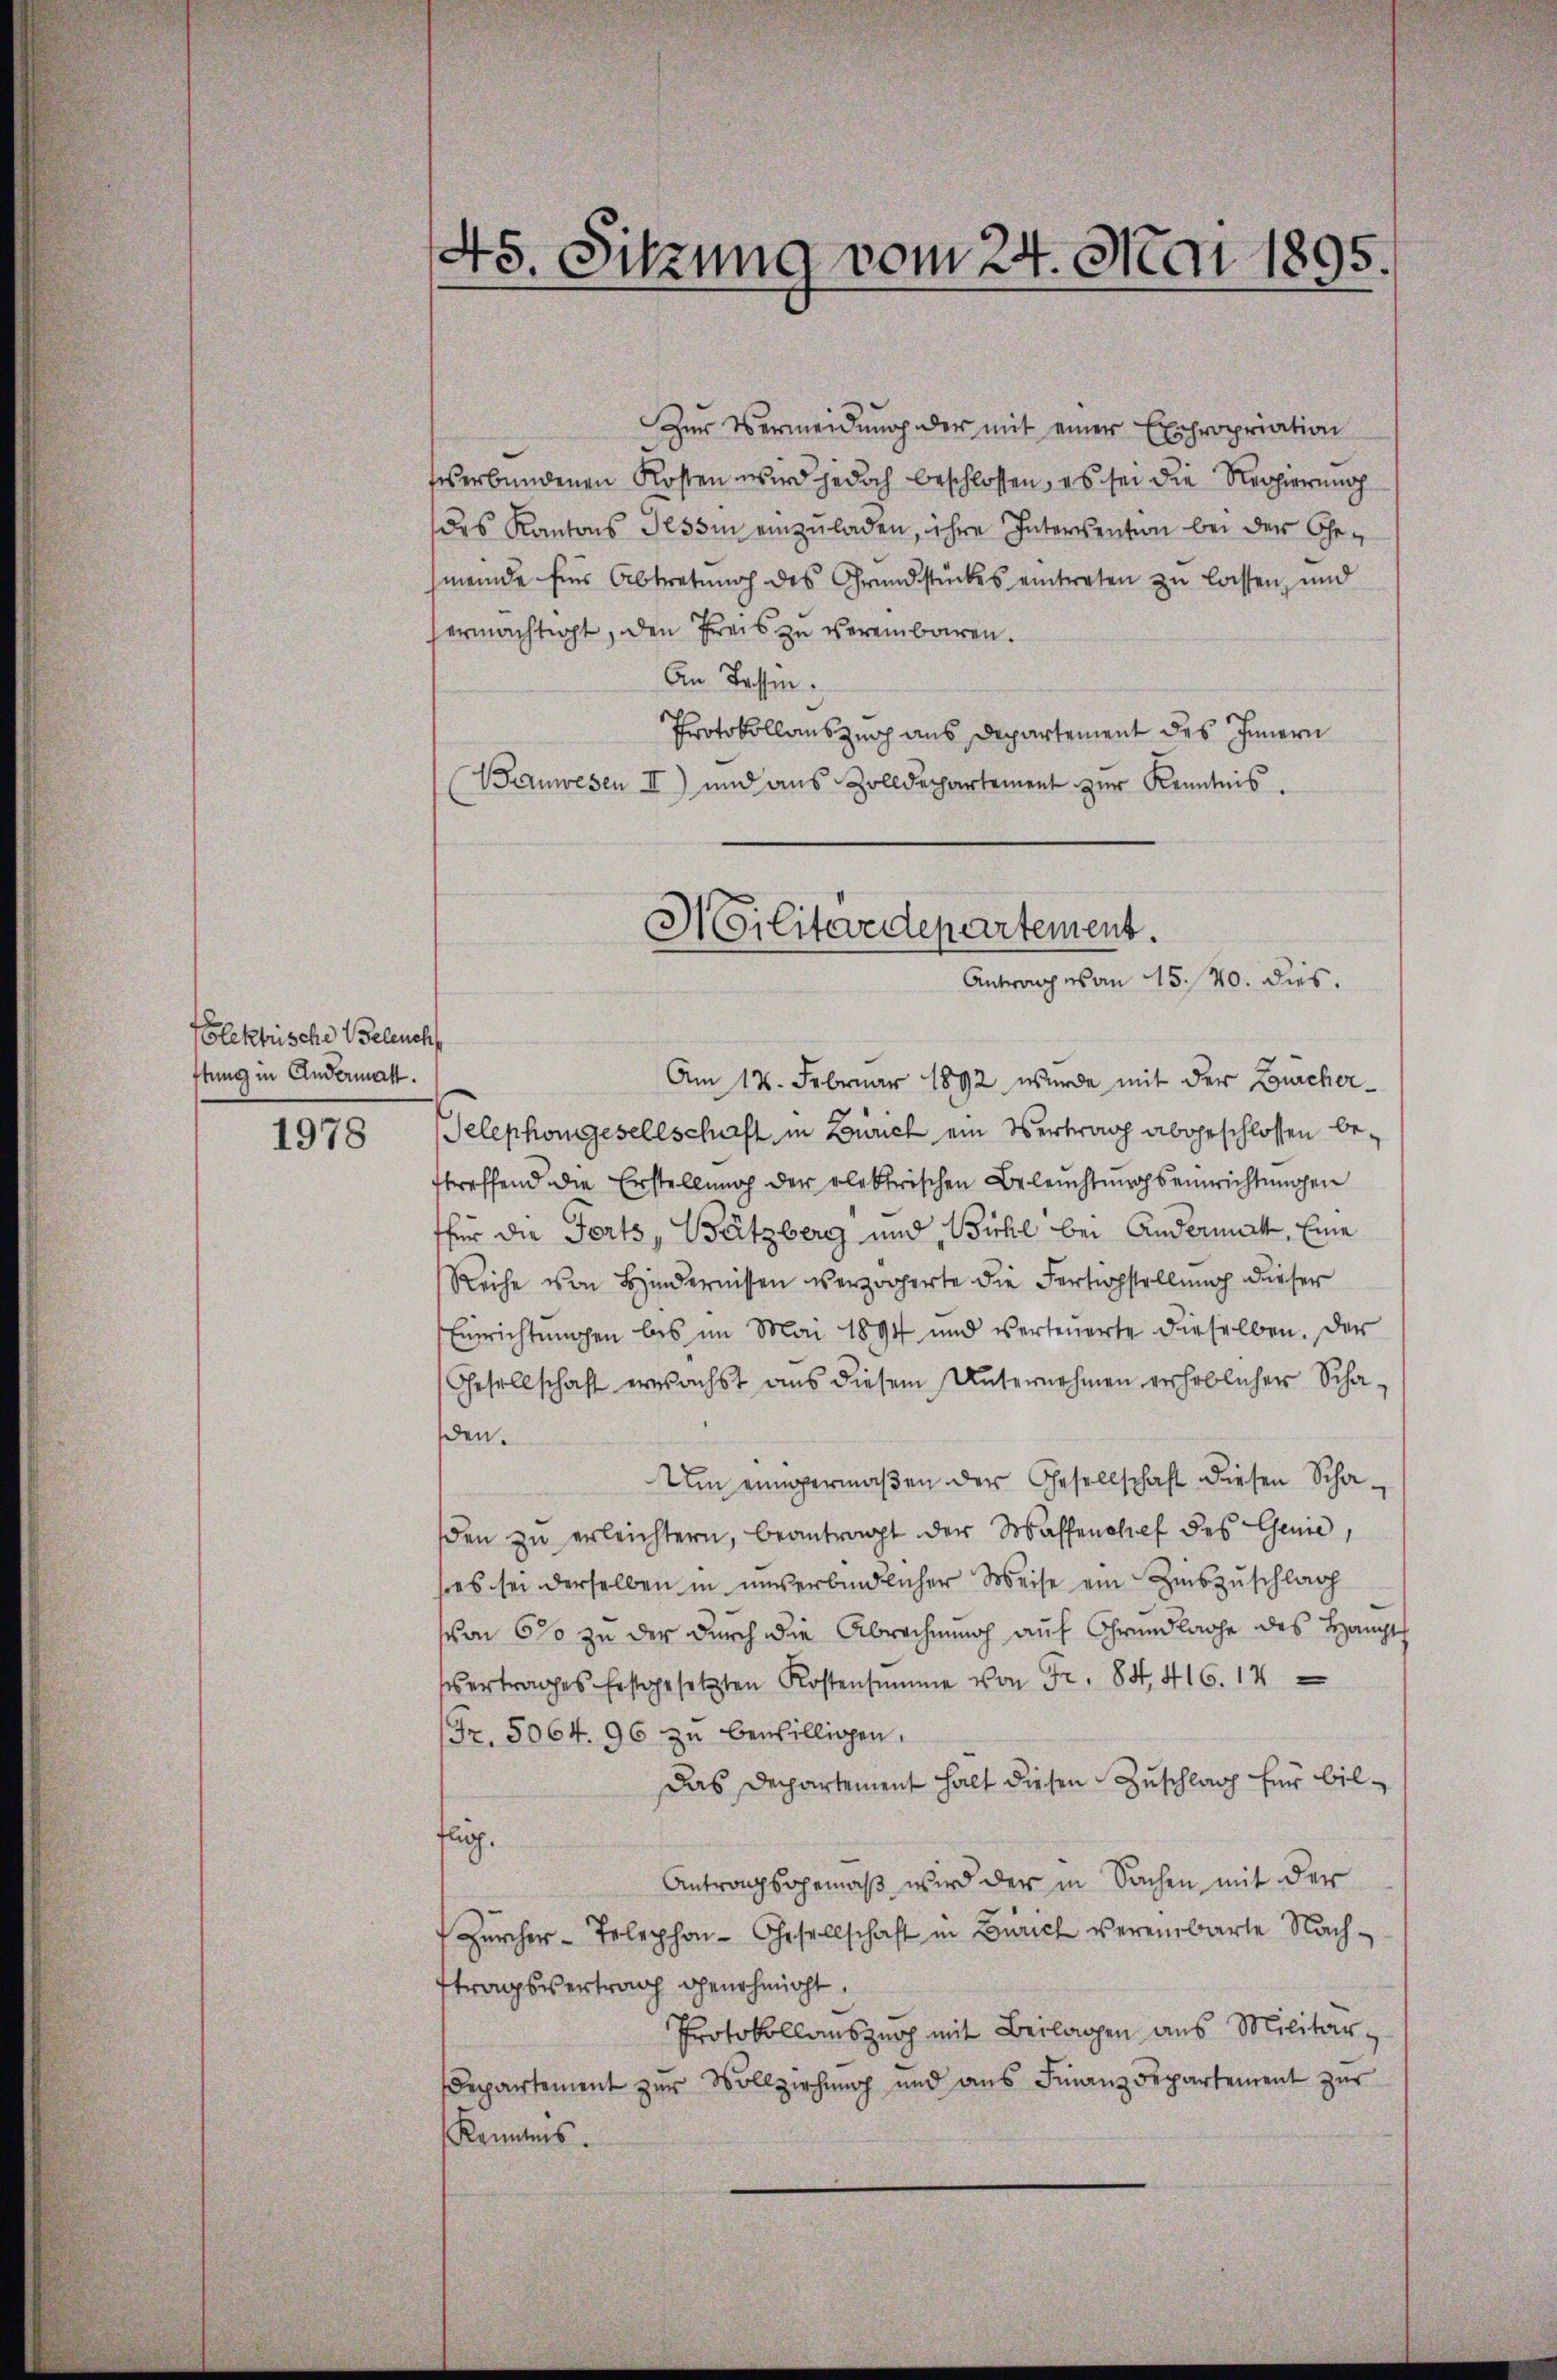
Elektrische Beleuch
ftung in Andermatt.

1978

45. Sitzung vom 24. Mai 1895.

Zur Vermeidung der mit einer Expropriation
sverbundenen Kosten wird jedoch beschlossen, es sei die Regierung
des Kantons Tessin einzuladen, ihre Intersention bei der Gemeinde für Abtretung des Grundstückes eintreten zu lassen, und
ermächtigt, den Preis zu vereinbaren.
An Tessin.
Protokollauszeich aus Departement des Innern
Wanwesen II) und aus Zolldepartement zŭr Kenntnis.
Am 12. Februar 1892 wurde mit der Bucher¬
Telephongesellschaft in Zürich ein Vertrag abgeschlossen betreffend die Erstellung der elektrischen Beleŭchtŭngseinrichtungen
ffür die Forts, Bützberg und Bichl bei Andermatt, Eine
Reihe von Hindernissen verzögerte die Fertigstellung dieser
Einrichtungen bis im Mai 1894 und verteŭerte dieselben. Der
Gesellschaft erwachst aus diesem Unternehmen verheblicher Scha-
den.
Um einigermaßen der Gesellschaft diesen Schaden zŭ erleichtern, beantragt der Waffenchef des Genie,
ses sei derselben in unverbindlicher Weise ein Zinszuschlag
von 6% zu der durch die Abrechnung auf Grundlage des Haupt
ertrages festgesetzten Kostensumme von Fr. 84, 416. 14
(Fr. 5064. 96 zŭ bewilligen.
Das Departement halt diesen Zuschlag für bilflich.
Antragsgemäß wird der in Sachen mit der
Zürcher-Telephon- Gesellschaft in Zürich vereinbarte Nach-
ftragsvertrag genehmigt.
Protokollauszug mit Beilagen aus Militär-
epartement zŭr Vollziehŭng und ans Finanzdepartement zŭr
Kenntnis.

Militeredepartement.
Antrag von 1540. dies.